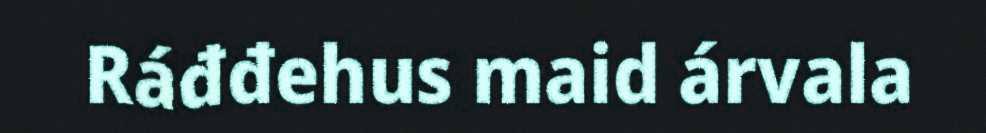
Ráđđehus maid árvala